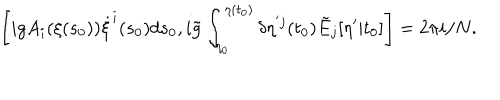
LaTeX: \left[ i g A _ { i } ( \xi ( s _ { 0 } ) ) \dot { \xi } ^ { i } ( s _ { 0 } ) d s _ { 0 } , i \tilde { g } \int _ { \eta _ { 0 } } ^ { \eta ( t _ { 0 } ) } \delta \eta ^ { ' j } ( t _ { 0 } ) \tilde { E } _ { j } [ \eta ^ { \prime } | t _ { 0 } ] \right] = 2 \pi i / N .